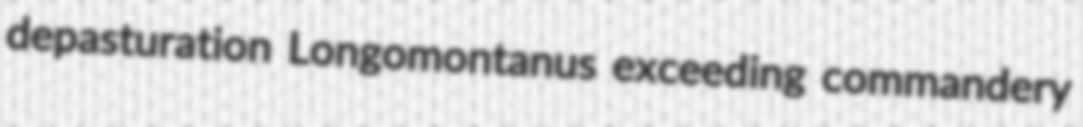
depasturation Longomontanus exceeding commandery